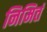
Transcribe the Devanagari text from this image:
निमितं